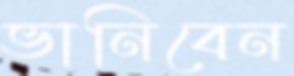
ভানিবেন